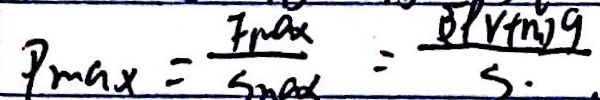
P _ { \max } = \frac { F _ { \max } + S _ { \max } } { \sin x } = \frac { ( 3 p v + n ) g } { s }